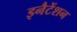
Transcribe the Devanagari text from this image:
इनैटेंशन